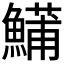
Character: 𬵦